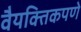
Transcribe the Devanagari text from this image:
वैयक्तिकपणे